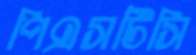
পিএসটিসি